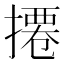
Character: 𢳍